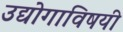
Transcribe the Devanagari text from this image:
उद्योगाविषयी